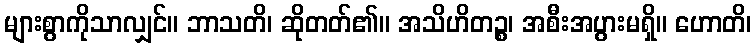
များစွာကိုသာလျှင်။ ဘာသတိ၊ ဆိုတတ်၏။ အသိဟိတဉ္စ၊ အစီးအပွားမရှိ။ ဟောတိ၊